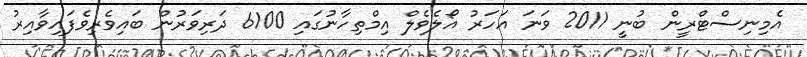
އެމިނިސްޓްރީން ބުނީ 2011 ވަނަ އަހަރު އޯލެވެލް އިމްތިހާނުގައި 6100 ދަރިވަރުން ބައިވެރިވެފައިވާއިރު